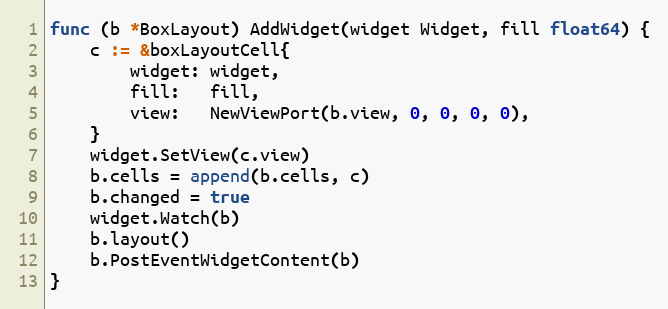
Language: Go
func (b *BoxLayout) AddWidget(widget Widget, fill float64) {
	c := &boxLayoutCell{
		widget: widget,
		fill:   fill,
		view:   NewViewPort(b.view, 0, 0, 0, 0),
	}
	widget.SetView(c.view)
	b.cells = append(b.cells, c)
	b.changed = true
	widget.Watch(b)
	b.layout()
	b.PostEventWidgetContent(b)
}